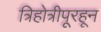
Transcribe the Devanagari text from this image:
त्रिहोत्रीपूरहून